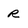
Character: R